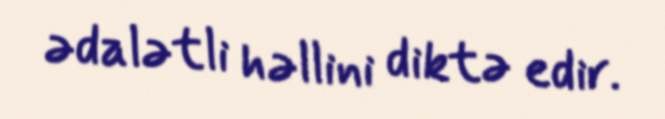
ədalətli həllini diktə edir.